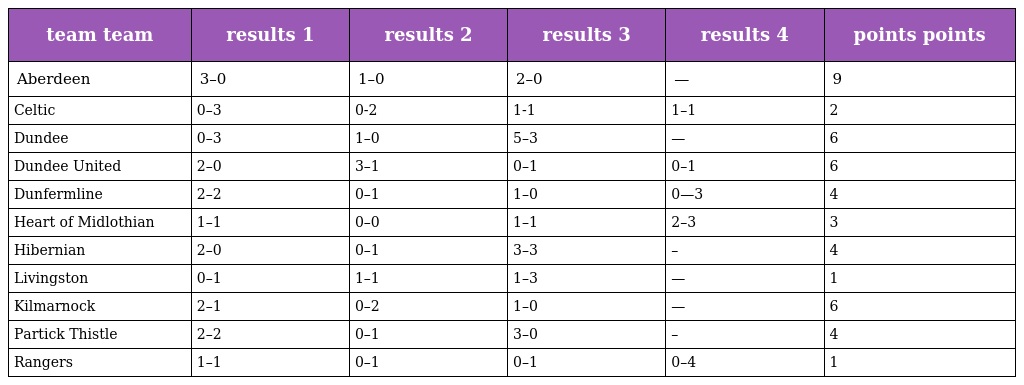
| team team | results 1 | results 2 | results 3 | results 4 | points points |
 | --- | --- | --- | --- | --- | --- |
 | Aberdeen | 3–0 | 1–0 | 2–0 | — | 9 |
 | Celtic | 0–3 | 0-2 | 1-1 | 1–1 | 2 |
 | Dundee | 0–3 | 1–0 | 5–3 | — | 6 |
 | Dundee United | 2–0 | 3–1 | 0–1 | 0–1 | 6 |
 | Dunfermline | 2–2 | 0–1 | 1–0 | 0—3 | 4 |
 | Heart of Midlothian | 1–1 | 0–0 | 1–1 | 2–3 | 3 |
 | Hibernian | 2–0 | 0–1 | 3–3 | – | 4 |
 | Livingston | 0–1 | 1–1 | 1–3 | — | 1 |
 | Kilmarnock | 2–1 | 0–2 | 1–0 | — | 6 |
 | Partick Thistle | 2–2 | 0–1 | 3–0 | – | 4 |
 | Rangers | 1–1 | 0–1 | 0–1 | 0–4 | 1 |